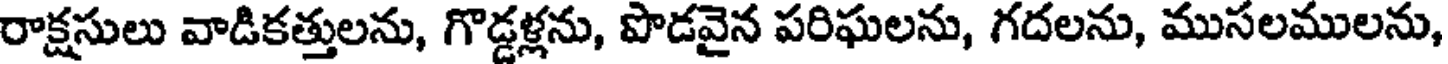
రాక్షసులు వాడికత్తులను, గొడ్డళ్లను, పొడవైన పరిఘలను, గదలను, ముసలములను,